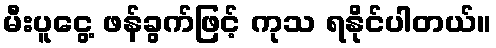
မီးပူငွေ့ ဖန်ခွက်ဖြင့် ကုသ ရနိုင်ပါတယ်။